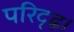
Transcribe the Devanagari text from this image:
परिदृढ़।